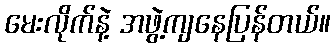
မေးလိုက်နဲ့ အဖွဲ့ကျနေပြန်တယ်။